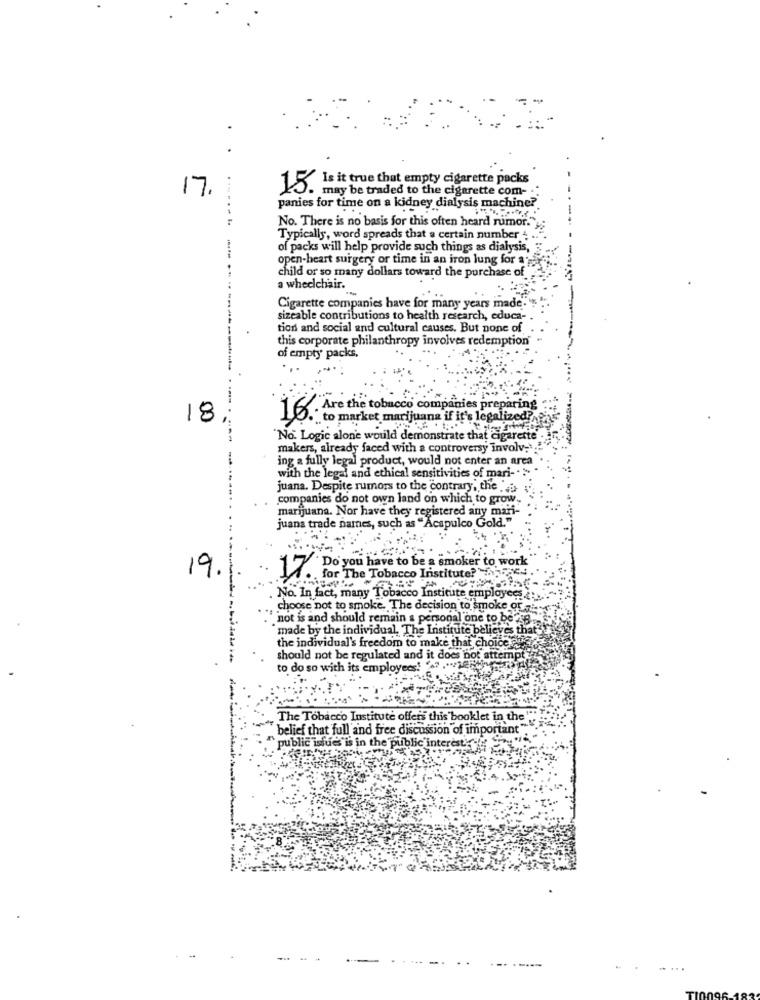
17.
15. Is it true that empty cigarette packs
may be traded to the cigarette com-
panies for time on a kidney dialysis machine?
No. There is no basis for this often heard rumor."y;
Typically, word spreads that a certain number
of packs will help provide such things as dialysis,
open-heart surgery or time in an iron lung for auf
child or so many dollars toward the purchase of"
a wheelchair.
Cigarette companies have for many years made.
sizeable contributions to health research, educa-
tion and social and cultural causes, But none of
this corporate philanthropy involves redemption
of empty packs,
18
16. Are the tobacco companies preparing
"to market marijuana if it's legalized ?,
"No. Logic alone would demonstrate that cigarette
makers, already faced with a controversy involv;".
ing a fully legal product, would not enter an area
with the legal and ethical sensitivities of mari -. ..
juana. Despite rumors to the contrary, the a-
companies do not own land on which to grow-
marijuana. Nor have they registered any mari-
juana trade names, such as "Acapulco Gold."
19.
"Do you have to be a smoker to work
17. for The Tobacco Institute?
No. In fact, many Tobacco Institute employees :.
choose not to smoke. The decision to smoke or ...
not is and should remain a personal one to be 28
"made by the individual, The Institute believes that"
the individual's freedom to make that choice was
should not be regulated and it does not attempt
to do so with its employees!
The Tobacco Institute offers this booklet in the
belief that full and free discussion of important"."
public issues is in the public interest
...